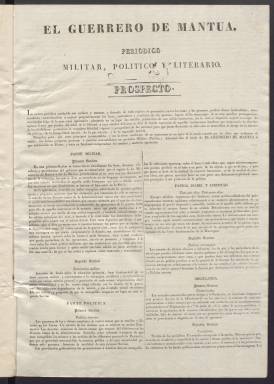
Título: El Guerrero de Mantua
Otros títulos: El Guerrero || El Guerrero (Madrid)
Colección: Periódicos anteriores a 1850
Ámbito geográfico: Madrid
Lugar de publicación: Madrid
Fechas: 01/01/1835-28/04/1835